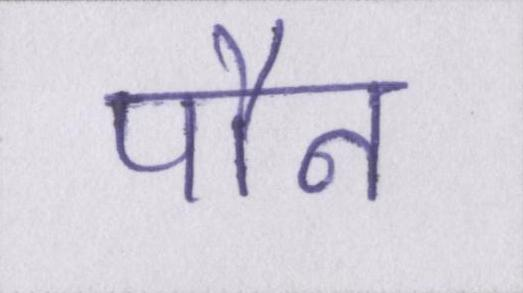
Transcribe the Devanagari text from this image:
पौन